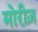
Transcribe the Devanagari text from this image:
मोरीज़